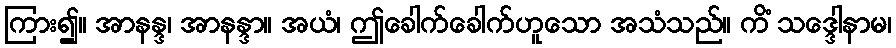
ကြား၍။ အာနန္ဒ၊ အာနန္ဒာ။ အယံ၊ ဤခေါက်ခေါက်ဟူသော အသံသည်။ ကိံ သဒ္ဒေါနာမ၊